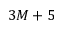
3 M + 5